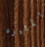
المثيره